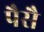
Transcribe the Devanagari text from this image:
पैसै